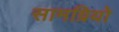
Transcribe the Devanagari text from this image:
सामग्रियो